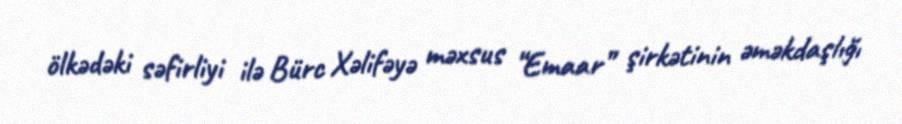
ölkədəki səfirliyi ilə Bürc Xəlifəyə məxsus “Emaar” şirkətinin əməkdaşlığı